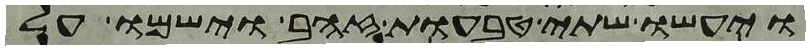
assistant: ויעשו שתי טבעות זהב וישמו על